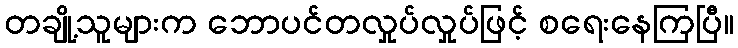
တချို့သူများက ဘောပင်တလှုပ်လှုပ်ဖြင့် စရေးနေကြပြီ။